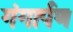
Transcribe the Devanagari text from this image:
गंगार्पण